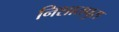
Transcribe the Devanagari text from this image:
निशातपुरा